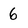
Character: 6